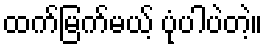
ထက်မြက်မယ့် ပုံပါပဲတဲ့။